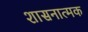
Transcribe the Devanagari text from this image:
शासनात्मक